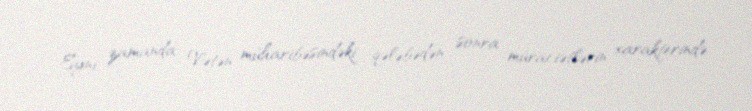
Eyni zamanda Vətən müharibəsindəki qələbədən sonra müraciətlərin xarakterində